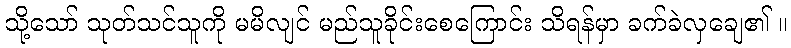
သို့သော် သုတ်သင်သူကို မမိလျင် မည်သူခိုင်းစေကြောင်း သိရန်မှာ ခက်ခဲလှချေ၏ ။